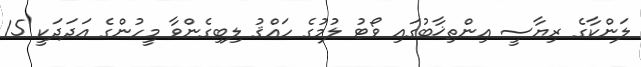
ލަންކާގެ ރިޔާސީ އިންތިޚާބުގައި ވޯޓު ލުމުގެ ހައްޤު ލިބިގެންވާ މީހުންގެ އަދަދަކީ 15